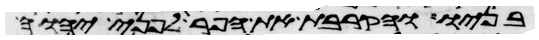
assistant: בניו והקרבת את הפר לפני יהוה